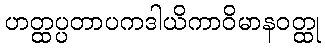
ဟတ္ထပ္ပတာပကဒါယိကာဝိမာနဝတ္ထု